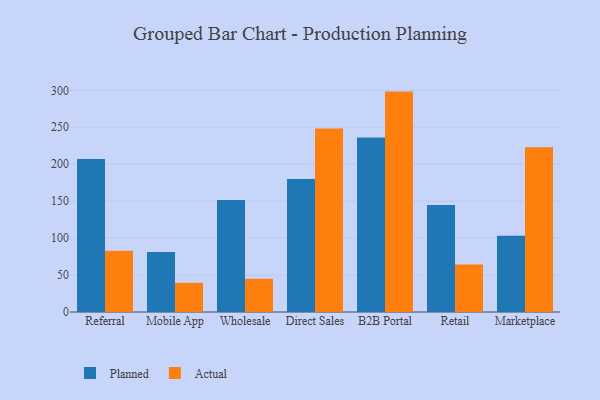
{"axis": {"x": "Channel", "y": "Bounce Rate (%)"}, "legend": ["Actual", "Planned"], "data": [{"x": "Referral", "y": 207.2, "type": "Planned"}, {"x": "Referral", "y": 83.0, "type": "Actual"}, {"x": "Mobile App", "y": 81.2, "type": "Planned"}, {"x": "Mobile App", "y": 39.5, "type": "Actual"}, {"x": "Wholesale", "y": 151.6, "type": "Planned"}, {"x": "Wholesale", "y": 45.0, "type": "Actual"}, {"x": "Direct Sales", "y": 180.0, "type": "Planned"}, {"x": "Direct Sales", "y": 248.4, "type": "Actual"}, {"x": "B2B Portal", "y": 236.1, "type": "Planned"}, {"x": "B2B Portal", "y": 298.3, "type": "Actual"}, {"x": "Retail", "y": 144.8, "type": "Planned"}, {"x": "Retail", "y": 64.3, "type": "Actual"}, {"x": "Marketplace", "y": 103.3, "type": "Planned"}, {"x": "Marketplace", "y": 222.9, "type": "Actual"}]}